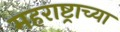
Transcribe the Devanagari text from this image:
महराष्ट्राच्या